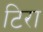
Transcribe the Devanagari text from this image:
टिरा